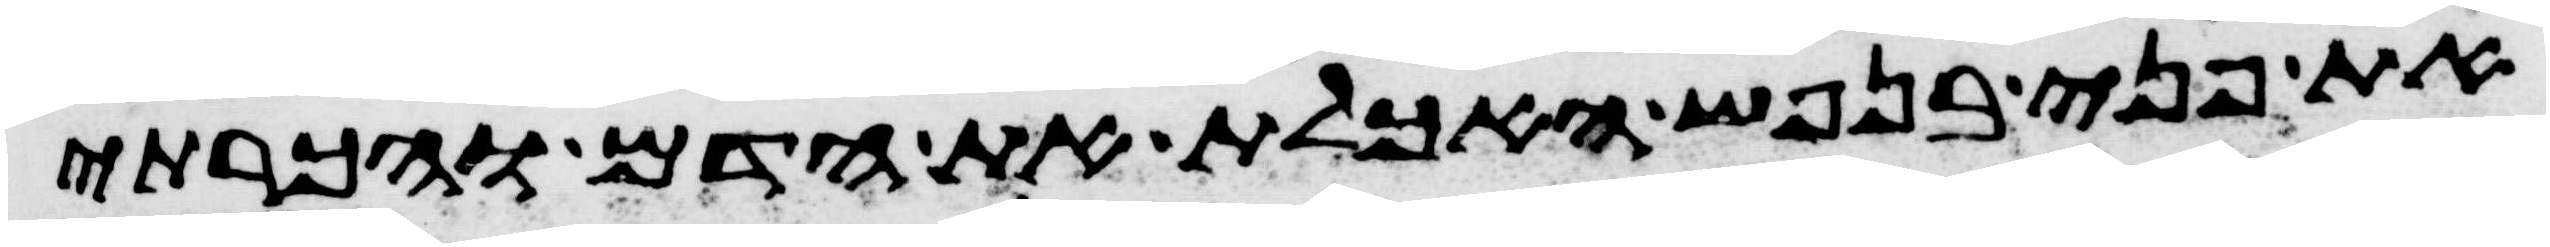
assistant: את פני בנפש האכלת את הדם והכרתי